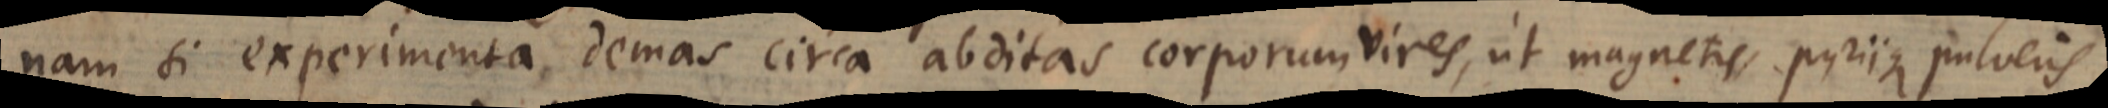
nam si experimenta demas circa abditas corporum vires, ut magnetis, pyriique pulveris